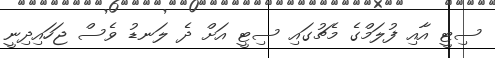
ސިޓީ އާއި ފުލަމްގެ މެޗުގައި ސިޓީ އަށް ދެ ލަނޑު ވެސް ޖަހައިދިނީ